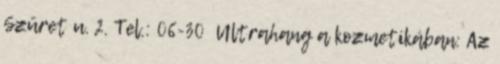
Szüret u. 2. Tel.: 06-30 Ultrahang a kozmetikában: Az